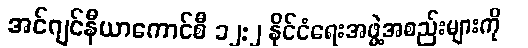
အင်ဂျင်နီယာကောင်စီ ၁၂:၂ နိုင်ငံရေးအဖွဲ့အစည်းများကို